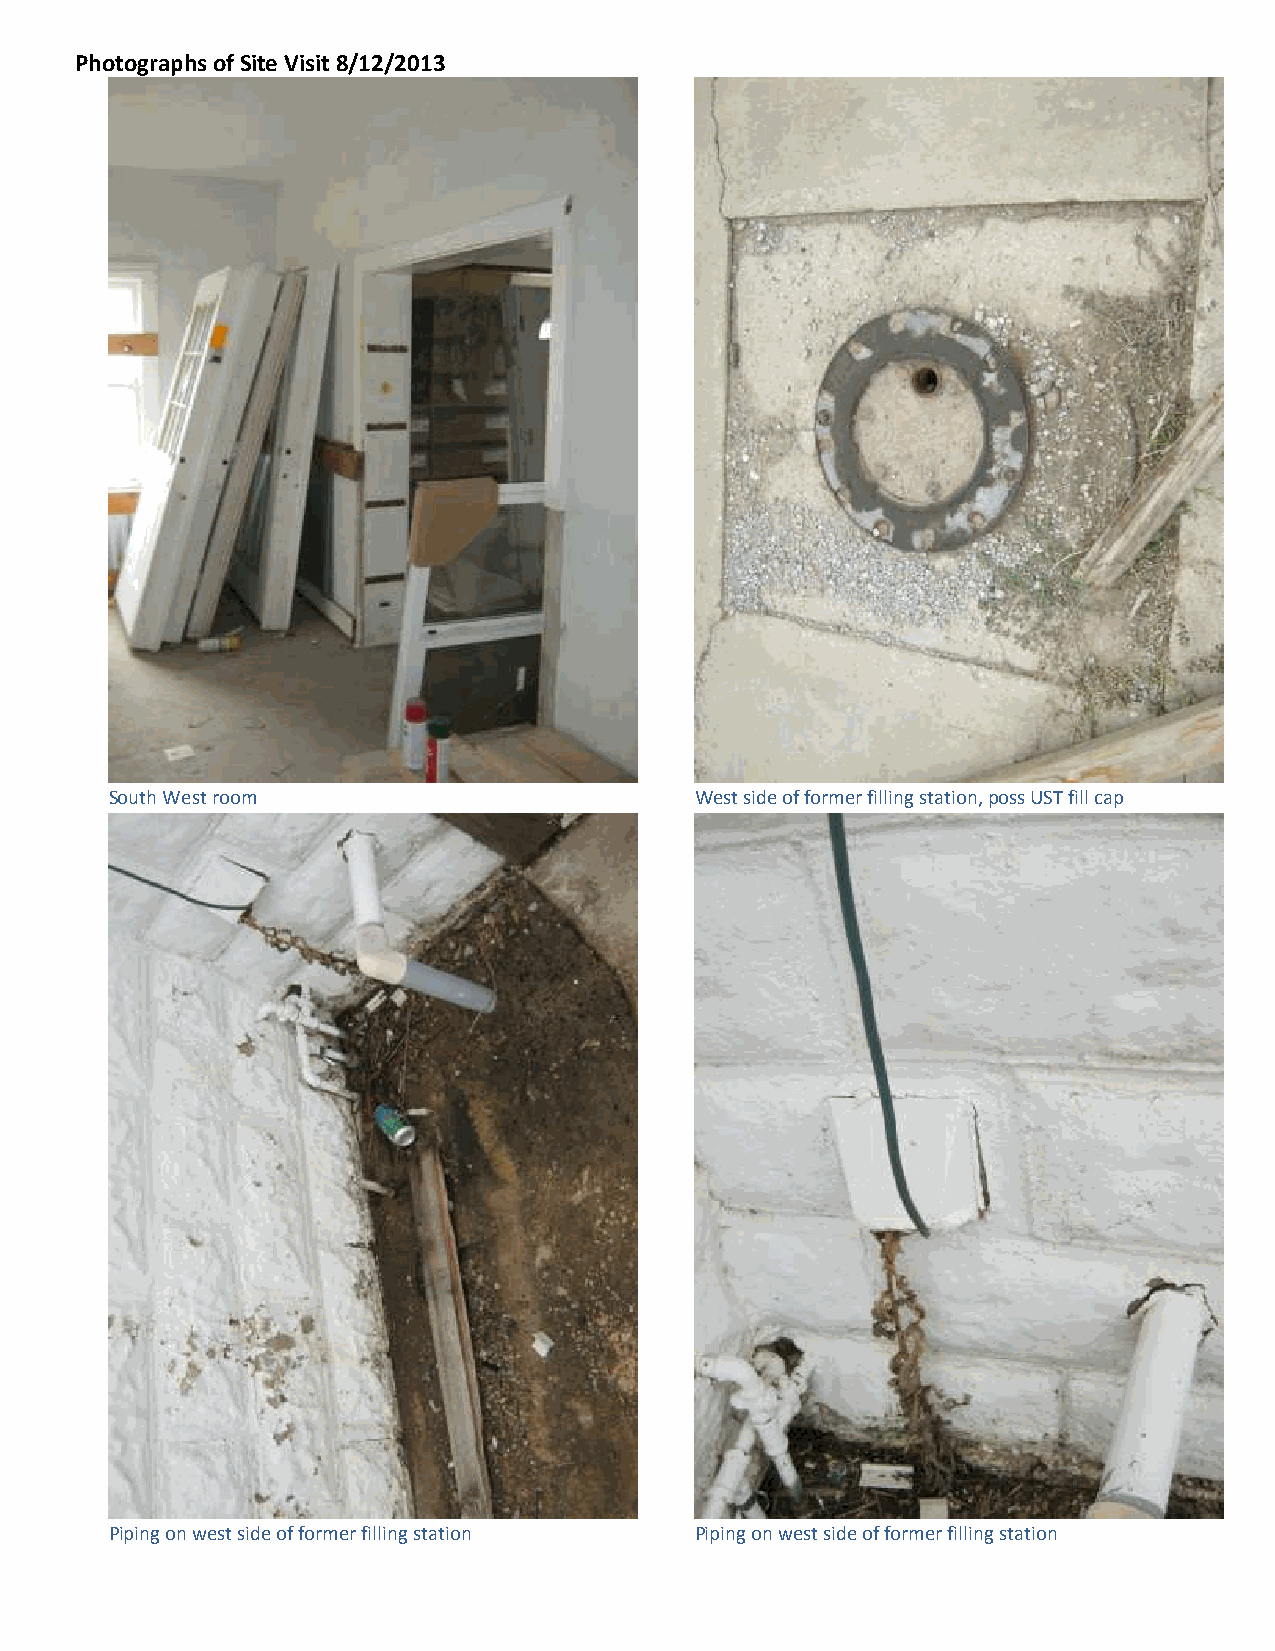
Photographs of Site Visit 8/12/2013
 South West room                        West side of former filling station, poss UST fill cap
 Piping on west side of former filling station Piping on west side of former filling station